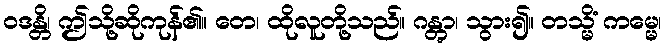
ဝဒန္တိ၊ ဤသို့ဆိုကုန်၏။ တေ၊ ထိုလူတို့သည်။ ဂန္တွာ၊ သွား၍။ တသ္မိံ ကမ္မေ၊